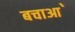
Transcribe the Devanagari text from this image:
बचाआ॓